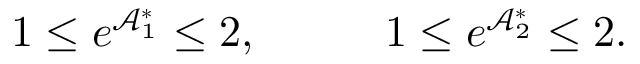
\begin{array} { r l r } { 1 \leq e ^ { \mathcal { A } _ { 1 } ^ { \ast } } \leq 2 , } & { { } \quad } & { 1 \leq e ^ { \mathcal { A } _ { 2 } ^ { \ast } } \leq 2 . } \end{array}